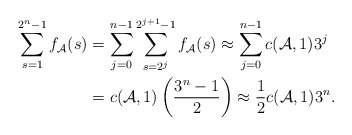
\begin{align*}\sum_{s=1}^{2^n-1}f_\mathcal{A}(s)&=\sum_{j=0}^{n-1}\sum_{s=2^j}^{2^{j+1}-1}f_\mathcal{A}(s)\approx\sum_{j=0}^{n-1}c(\mathcal{A},1)3^j\\&=c(\mathcal{A},1)\left(\frac{3^n-1}{2}\right)\approx \frac{1}{2}c(\mathcal{A},1)3^n.\end{align*}